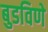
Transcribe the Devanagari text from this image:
बुडविणे